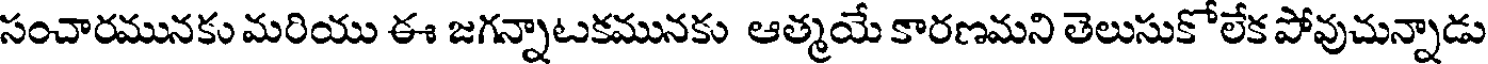
సంచారమునకు మరియు ఈ జగన్నాటకమునకు ఆత్మయే కారణమని తెలుసుకోలేక పోవుచున్నాడు